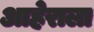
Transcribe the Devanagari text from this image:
आहेराला